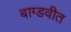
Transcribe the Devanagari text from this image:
बाग्डवीत